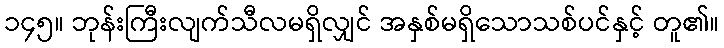
၁၄၅။ ဘုန်းကြီးလျက်သီလမရှိလျှင် အနှစ်မရှိသောသစ်ပင်နှင့် တူ၏။